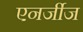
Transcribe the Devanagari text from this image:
एनर्जीज